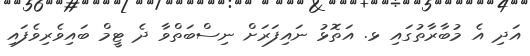
އަދި އެ މުބާރާތުގައި ޅ. އަތޮޅު ނައިފަރަށް ނިސްބަތްވާ ދެ ޓީމް ބައިވެރިވެފައި